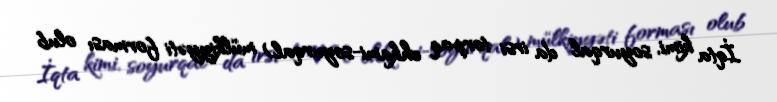
İqta kimi, soyurqal da irsi torpaq ehkami-soyurqal) mülkiyyəti forması olub